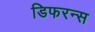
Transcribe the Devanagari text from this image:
डिफरन्स